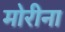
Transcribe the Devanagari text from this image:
मोरीना